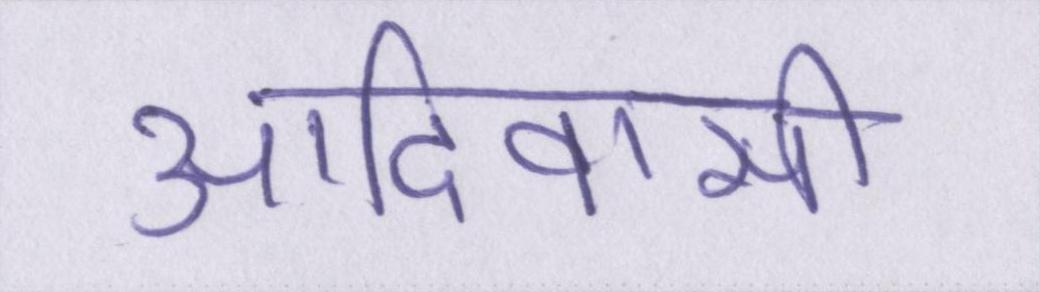
आदिवासी